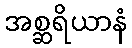
အစ္ဆရိယာနံ